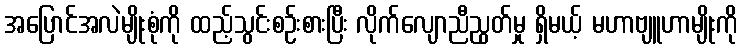
အပြောင်အလဲမျိုးစုံကို ထည့်သွင်းစဉ်းစားပြီး လိုက်လျောညီညွတ်မှု ရှိမယ့် မဟာဗျူဟာမျိုးကို